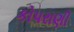
કોપરાણી